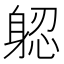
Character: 躵